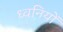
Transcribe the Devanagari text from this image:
ध्‍वनियों